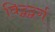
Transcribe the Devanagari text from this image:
विद्वद्वर्ग